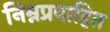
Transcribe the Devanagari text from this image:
निम्नप्रवाहित